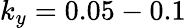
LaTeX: k_{y}=0.05-0.1